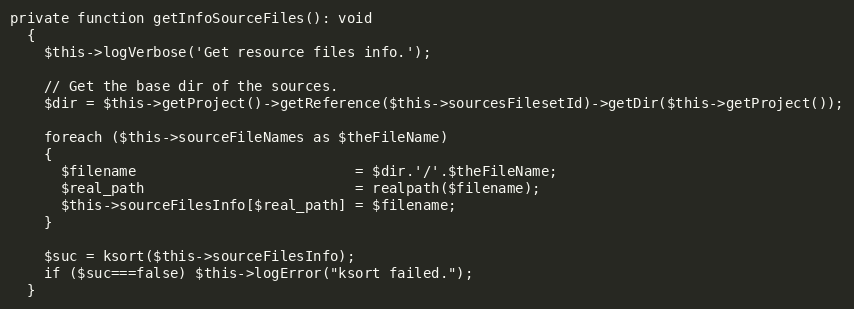
Language: PHP
private function getInfoSourceFiles(): void
  {
    $this->logVerbose('Get resource files info.');

    // Get the base dir of the sources.
    $dir = $this->getProject()->getReference($this->sourcesFilesetId)->getDir($this->getProject());

    foreach ($this->sourceFileNames as $theFileName)
    {
      $filename                          = $dir.'/'.$theFileName;
      $real_path                         = realpath($filename);
      $this->sourceFilesInfo[$real_path] = $filename;
    }

    $suc = ksort($this->sourceFilesInfo);
    if ($suc===false) $this->logError("ksort failed.");
  }